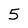
Character: 5